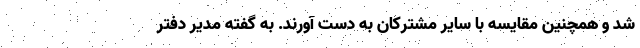
شد و همچنین مقایسه با سایر مشترکان به دست آورند. به گفته مدیر دفتر